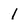
Character: 1